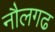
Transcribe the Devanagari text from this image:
नौलगढ